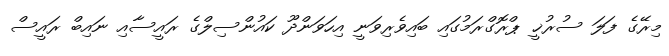
މިރޭގެ ފަލަ ސުރުޚީ ޕްރޮގްރަމުގައި ބައިވެރިވަނީ އިހަވަންދޫ ކައުންސިލްގެ ރައީސާއި ނައިބް ރައީސް